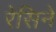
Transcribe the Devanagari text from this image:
रेसिने